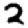
Digit: 2